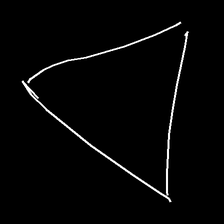
Glyph: convergence